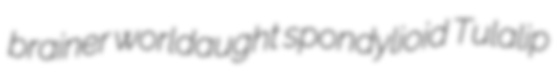
brainer worldaught spondylioid Tulalip